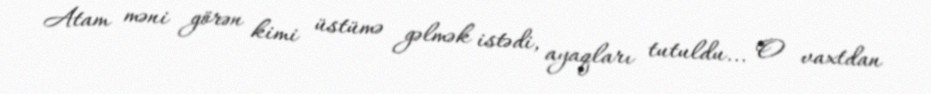
Atam məni görən kimi üstümə gəlmək istədi, ayaqları tutuldu... O vaxtdan